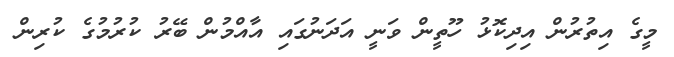
މީގެ އިތުރުން އިދިކޮޅު ހޫތީން ވަނީ އަދަނުގައި އާއްމުން ބޭރު ކުރުމުގެ ކުރިން